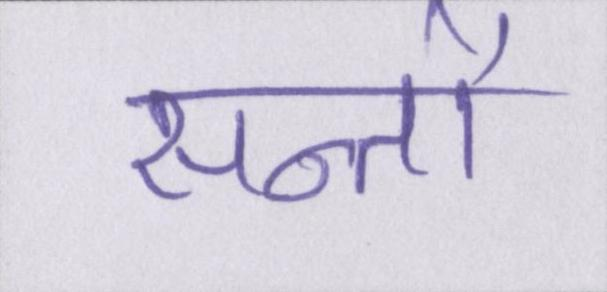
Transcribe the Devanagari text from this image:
सन्तों